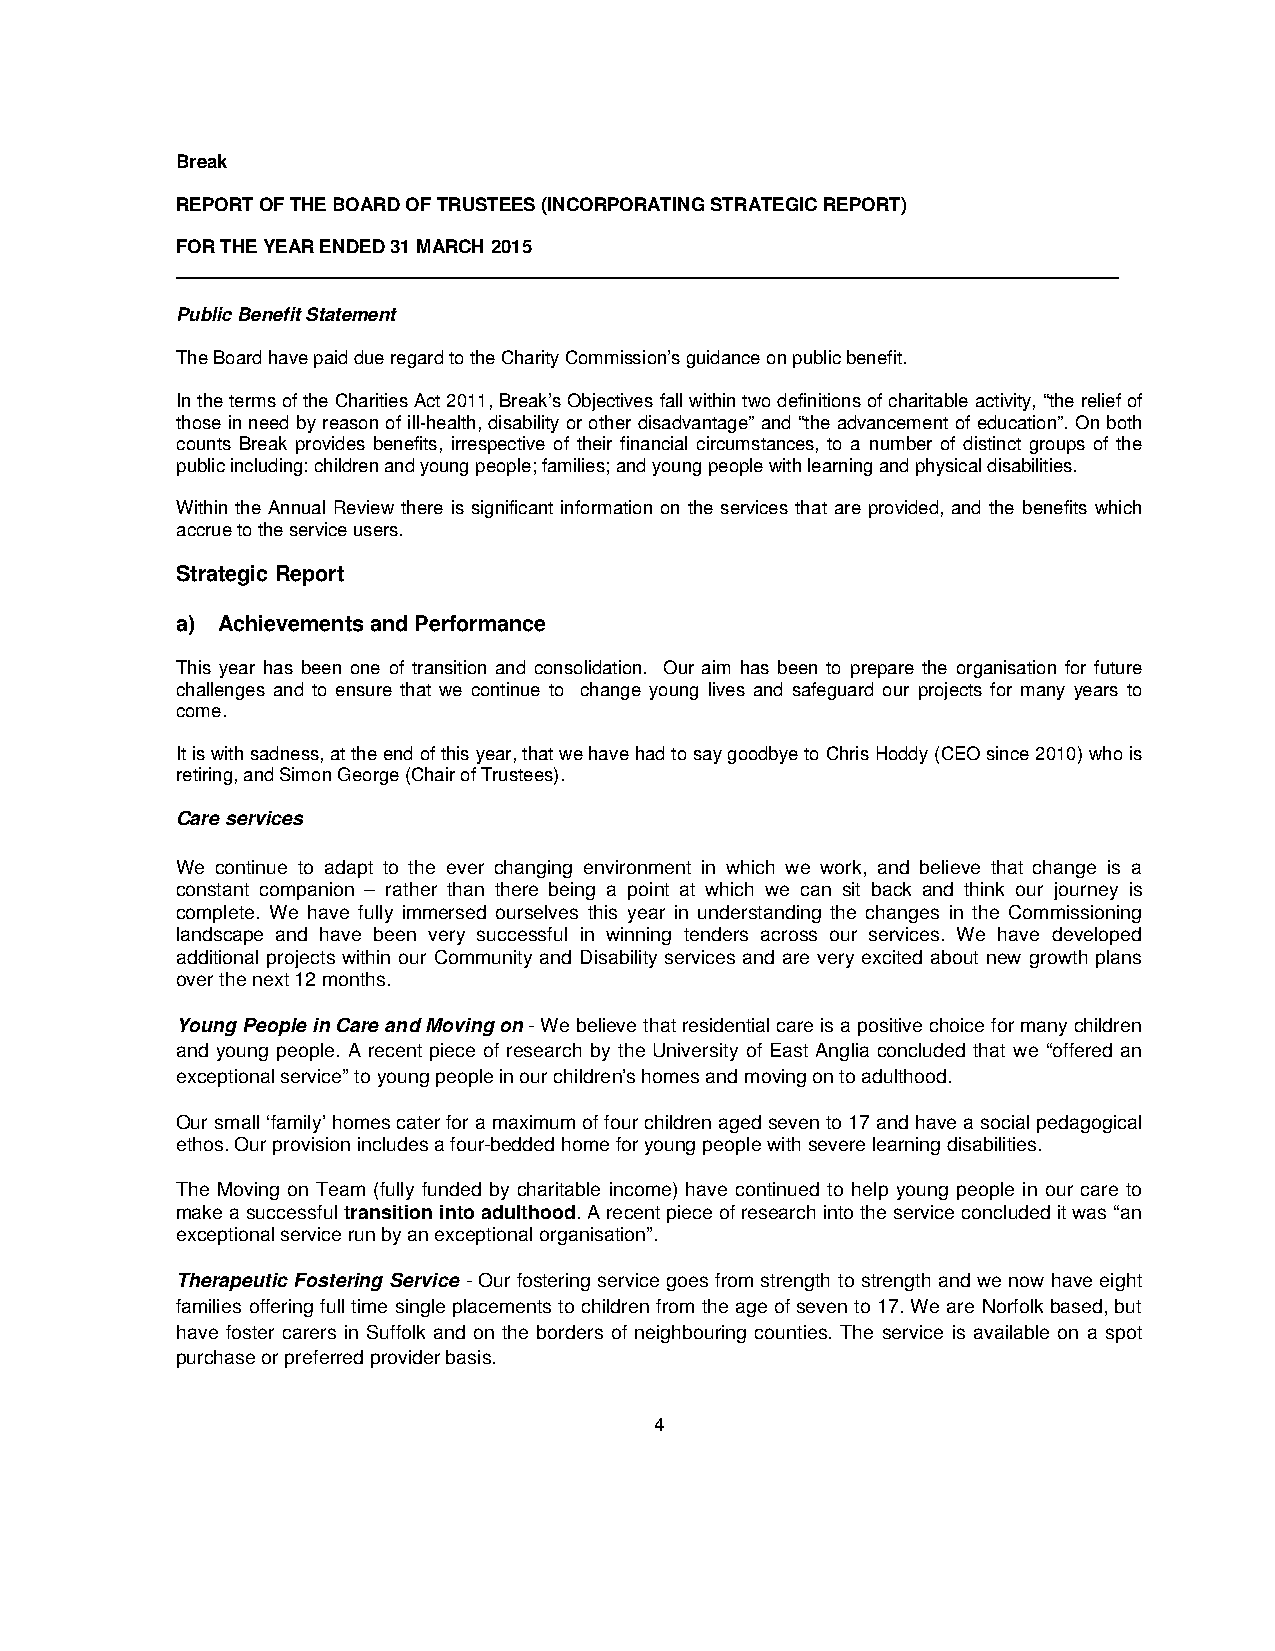
Break
 REPORT OF THE BOARD OF TRUSTEES (INCORPORATING STRATEGIC REPORT)
 FOR THE YEAR ENDED 31 MARCH 2015
 ___________________________________________________________________________________________
 Public Benefit Statement
 The Board have paid due regard to the Charity Commission’s guidance on public benefit.
 In the terms of the Charities Act 2011, Break’s Objectives fall within two definitions of charitable activity, “the relief of
 those in need by reason of ill-health, disability or other disadvantage” and “the advancement of education”. On both
 counts Break provides benefits, irrespective of their financial circumstances, to a number of distinct groups of the
 public including: children and young people; families; and young people with learning and physical disabilities.
 Within the Annual Review there is significant information on the services that are provided, and the benefits which
 accrue to the service users.
 Strategic Report
 a) Achievements and Performance
 This year has been one of transition and consolidation. Our aim has been to prepare the organisation for future
 challenges and to ensure that we continue to change young lives and safeguard our projects for many years to
 come.
 It is with sadness, at the end of this year, that we have had to say goodbye to Chris Hoddy (CEO since 2010) who is
 retiring, and Simon George (Chair of Trustees).
 Care services
 We continue to adapt to the ever changing environment in which we work, and believe that change is a
 constant companion – rather than there being a point at which we can sit back and think our journey is
 complete. We have fully immersed ourselves this year in understanding the changes in the Commissioning
 landscape and have been very successful in winning tenders across our services. We have developed
 additional projects within our Community and Disability services and are very excited about new growth plans
 over the next 12 months.
 Young People in Care and Moving on - We believe that residential care is a positive choice for many children
 and young people. A recent piece of research by the University of East Anglia concluded that we “offered an
 exceptional service” to young people in our children’s homes and moving on to adulthood.
 Our small ‘family’ homes cater for a maximum of four children aged seven to 17 and have a social pedagogical
 ethos. Our provision includes a four-bedded home for young people with severe learning disabilities.
 The Moving on Team (fully funded by charitable income) have continued to help young people in our care to
 make a successful transition into adulthood. A recent piece of research into the service concluded it was “an
 exceptional service run by an exceptional organisation”.
 Therapeutic Fostering Service - Our fostering service goes from strength to strength and we now have eight
 families offering full time single placements to children from the age of seven to 17. We are Norfolk based, but
 have foster carers in Suffolk and on the borders of neighbouring counties. The service is available on a spot
 purchase or preferred provider basis.
 4